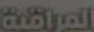
المراقبة